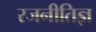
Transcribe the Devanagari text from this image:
रजनीतिज्ञ